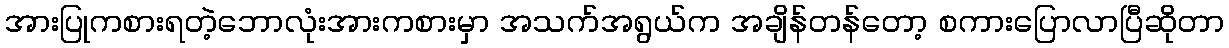
အားပြုကစားရတဲ့ဘောလုံးအားကစားမှာ အသက်အရွယ်က အချိန်တန်တော့ စကားပြောလာပြီဆိုတာ